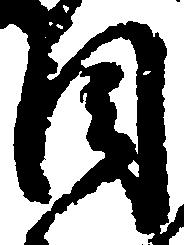
目